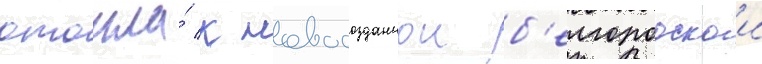
отошла́ к новосозданнои б'елгородскои